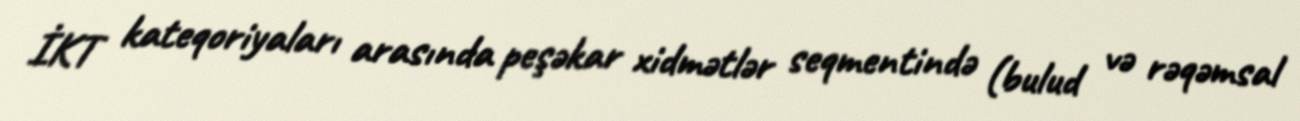
İKT kateqoriyaları arasında peşəkar xidmətlər seqmentində (bulud və rəqəmsal